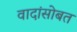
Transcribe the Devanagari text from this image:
वादांसोबत